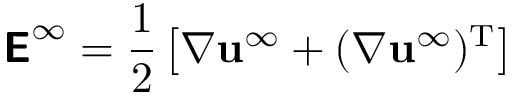
{ \boldsymbol { \mathsf { E } } } ^ { \infty } = { \frac { 1 } { 2 } } \left[ { \boldsymbol { \nabla } } \mathbf { u } ^ { \infty } + ( { \boldsymbol { \nabla } } \mathbf { u } ^ { \infty } ) ^ { \mathrm { T } } \right]